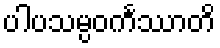
ပါပသမ္ပဝင်္ကဿာတိ